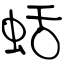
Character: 蛞